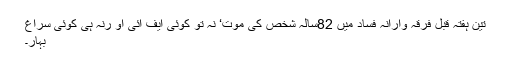
تین ہفتہ قبل فرقہ وارانہ فساد میں 82سالہ شخص کی موت‘ نہ تو کوئی ایف ائی او رنہ ہی کوئی سراغ
بہار۔